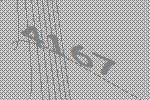
4167